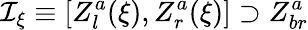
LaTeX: {\cal I}_{\xi}\equiv[Z_{l}^{a}(\xi),Z_{r}^{a}(\xi)]\supset Z_{br}^{a}